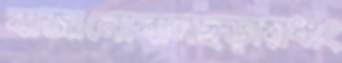
বাজানোবানছড়ায়ধ্বং